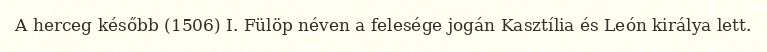
A herceg később (1506) I. Fülöp néven a felesége jogán Kasztília és León királya lett.